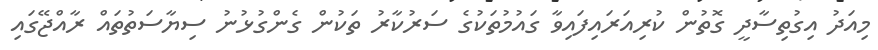
މިއަދު އިގުތިސާދީ ގޮތުން ކުރިއަރައިފައިވާ ގައުމުތަކުގެ ސަރުކާރު ތަކުން ގެންގުޅުނު ސިޔާސަތުތައް ރާއްޖޭގައި